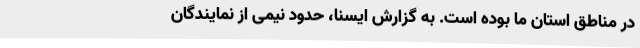
در مناطق استان ما بوده است. به گزارش ایسنا، حدود نیمی از نمایندگان